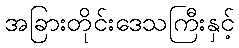
အခြားတိုင်းဒေသကြီးနှင့်